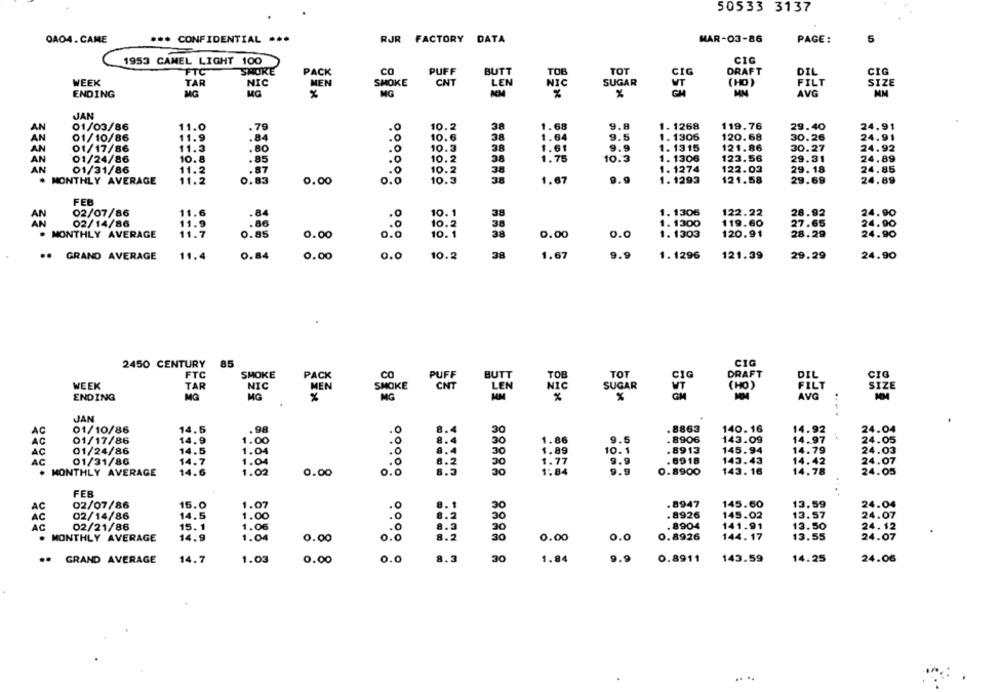
50533 3137
OAO4.CAME
*** CONFIDENTIAL ***
RJR FACTORY DATA
HAR-03-86
PAGE:
1953 CAMEL LIGHT 100
CIG
FTC
SHOKE
PACK
CO
PUFF
BUTT
TOB
TOT
CIG
DRAFT
DIL
CIG
WEEK
TAR
NIC
MEN
SMOKE
CNT
LEN
NIC
SUGAR
FILT
SIZE
WT
(HO)
ENDING
MG
MG
MG
MM
%
%
AVG
MM
JAN
10.2
38
9.8
01/03/86
11.0
1.68
1. 1268
119.76
29.40
24.91
01/10/86
11.9
10.6
38
1.64
9.5
1. 1305
120.68
30.26
24.91
01/17/86
11.3
.80
10.3
1.61
9.9
1. 1315
121.86
30.27
24.92
01/24/86
10.8
. 85
10.2
38
1.75
10.3
1. 1306
123.56
29.31
24.89
AN
AN
01/31/86
11.2
.87
10.2
38
1. 1274
122.02
29.18
24.85
. MONTHLY AVERAGE
11.2
0.83
0.0
10.3
9.9
1. 1293
121.58
24.89
0.00
1.67
29.69
FEB
02/07/86
11.6
.84
10. 1
38
1. 1306
122.22
28.92
24.90
11.9
.86
1. 1300
24.90
AN
02/14/86
10.2
119.60
27.65
. MONTHLY AVERAGE
11.7
0.85
0.00
o.
10.1
38
0.00
0.0
1.1303
120.91
28.29
24.90
.. GRAND AVERAGE
11.4
0.84
0.00
0.0
10.2
38
1.67
9.9
1. 1296
121.39
29.29
24.90
2450 CENTURY
85
CIG
FTC
SMOKE
PACK
CO
PUFF
BUTT
TOB
TOT
CIG
DRAFT
DIL
CIG
WEEK
TAR
NIC
MEN
SMOKE
CNT
LEN
NIC
SUGAR
WT
(HO)
FILT
SIZE
AVG
ENDING
MG
MG
%
MG
%
%
MM
JAN
01/10/86
14.5
.98
8.4
.8863
140.16
14.92
24.04
AC
.0
30
AG
01/17/86
14.9
1.00
8.4
30
1.86
9.5
. 8906
143.09
14.97
24.05
14.5
.0
8.4
1.89
10.1
.8913
145.94
14.79
24.03
01/24/86
1.04
30
AĞ
01/31/86
14.7
1.04
8.2
30
1.77
9.9
.8918
143.43
14.42
24.07
14.6
1.02
0.00
9.9
143. 16
14.78
24.05
. MONTHLY AVERAGE
30
1.84
0.8900
FEB
02/07/86
15.0
1.07
.8947
145.60
13.59
24.04
AC
8. 1
AC
02/14/86
14.5
1.00
.0
.8926
145.02
13.57
24.07
02/21/86
15.1
1.06
8904
141.91
13.50
24.12
AC
30
. MONTHLY AVERAGE
14.9
1.04
0.00
0. 0
30
0.00
0.0
0.8926
144. 17
13.55
24.07
.. GRAND AVERAGE
14.7
1.03
0.00
0.0
8.3
30
1.84
9.9
0.8911
143.59
14.25
24.06
.. ..